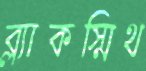
ব্ল্যাকস্মিথ